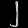
Digit: ၂